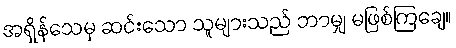
အရှိန်သေမှ ဆင်းသော သူများသည် ဘာမျှ မဖြစ်ကြချေ။